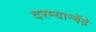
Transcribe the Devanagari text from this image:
दरम्यान्बेंद्रे